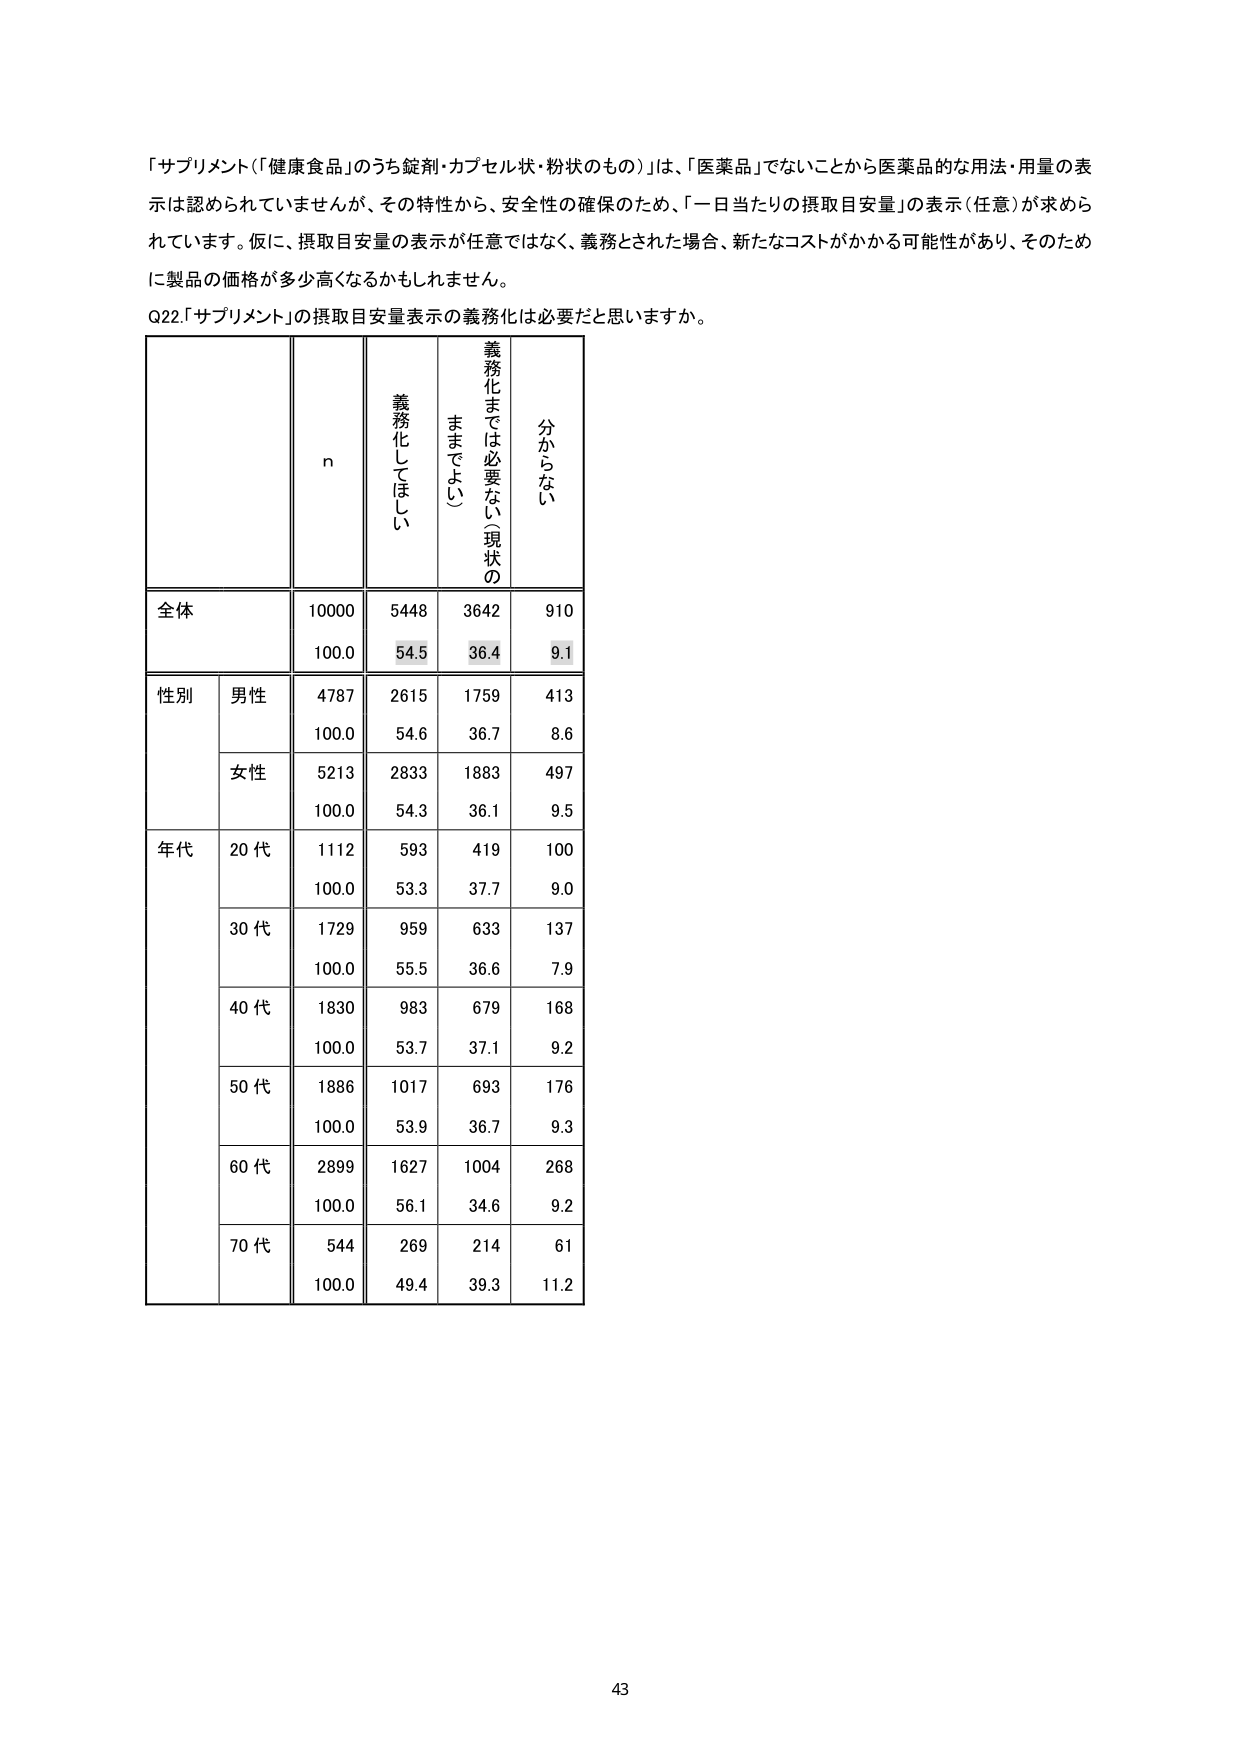
「サプリメント（「健康食品」のうち錠剤・カプセル状・粉状のもの）」は、「医薬品」でないことから医薬品的な用法・用量の表示は認められていませんが、その特性から、安全性の確保のため、「一日当たりの摂取目安量」の表示（任意）が求められています。仮に、摂取目安量の表示が任意ではなく、義務とされた場合、新たなコストがかかる可能性があり、そのため製品の価格が多少高くなるかもしれません。

Q22.「サプリメント」の摂取目安量表示の義務化は必要だと思いますか。

n 義務化してほしい 義務化までは必要ない（現状のままでもよい） 分からない
全体 10000 5448 3642 910
100.0 54.5 36.4 9.1
性別 男性 4787 2615 1759 413
100.0 54.6 36.7 8.6
女性 5213 2833 1883 497
100.0 54.3 36.1 9.5
年代 20代 1112 593 419 100
100.0 53.3 37.7 9.0
30代 1729 959 633 137
100.0 55.5 36.6 7.9
40代 1830 983 679 168
100.0 53.7 37.1 9.2
50代 1886 1017 693 176
100.0 53.9 36.7 9.3
60代 2899 1627 1004 268
100.0 56.1 34.6 9.2
70代 544 269 214 61
100.0 49.4 39.3 11.2

43